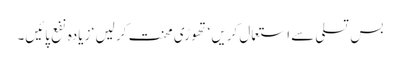
بس تسلی سے استعمال کریں ‘ تھوڑی محنت کر لیں ‘ زیادہ نفع پائیں۔